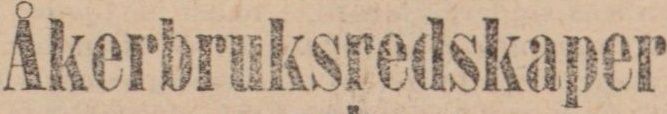
Åkerbruksredskaper